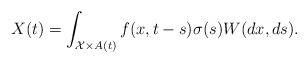
LaTeX: \begin{align*} X(t) &= \int_{\mathcal{X} \times A(t)}f(x,t-s)\sigma(s)W(dx,ds).\end{align*}